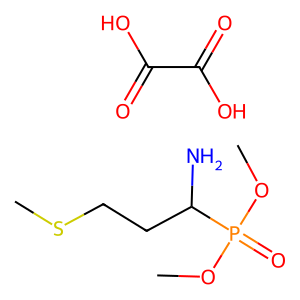
SMILES: COP(=O)(OC)C(N)CCSC.O=C(O)C(=O)O
Inhibits HIV replication: No